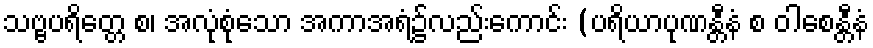
သဗ္ဗပရိတ္တေ စ၊ အလုံစုံသော အကာအရံ၌လည်းကောင်း (ပရိယာပုဏန္တီနံ စ ဝါစေန္တီနံ